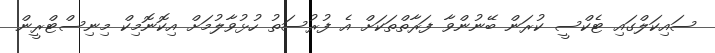
ސައިކަލްގައި ޓެކްސީ ކުރަން ބޭނުންވާ ފަރާތްތަކަށް އެ ފުރުސަތު ހުޅުވާލުމަށް އިކޮނޮމިކް މިނިސްޓްރީން